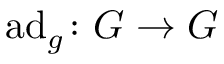
\operatorname { a d } _ { g } \colon G \to G